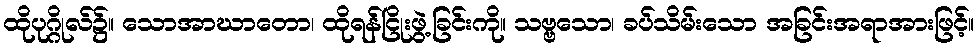
ထိုပုဂ္ဂိုလ်၌။ သောအာဃာတော၊ ထိုရန်ငြိုးဖွဲ့ခြင်းကို။ သဗ္ဗသော၊ ခပ်သိမ်းသော အခြင်းအရာအားဖြင့်။